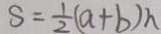
S = \frac { 1 } { 2 } ( a + b ) h